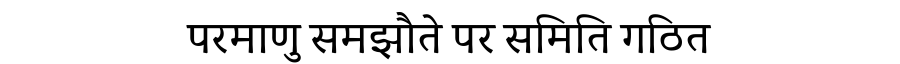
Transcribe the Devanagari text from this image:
परमाणु समझौते पर समिति गठित